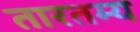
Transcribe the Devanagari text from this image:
तारतम्‍य